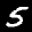
Label: 5